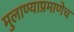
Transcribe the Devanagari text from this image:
मुलाण्याप्रमाणेच